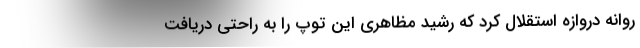
روانه دروازه استقلال کرد که رشید مظاهری این توپ را به راحتی دریافت